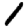
Digit: 1